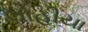
લોહીયા